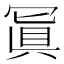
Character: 𠖕